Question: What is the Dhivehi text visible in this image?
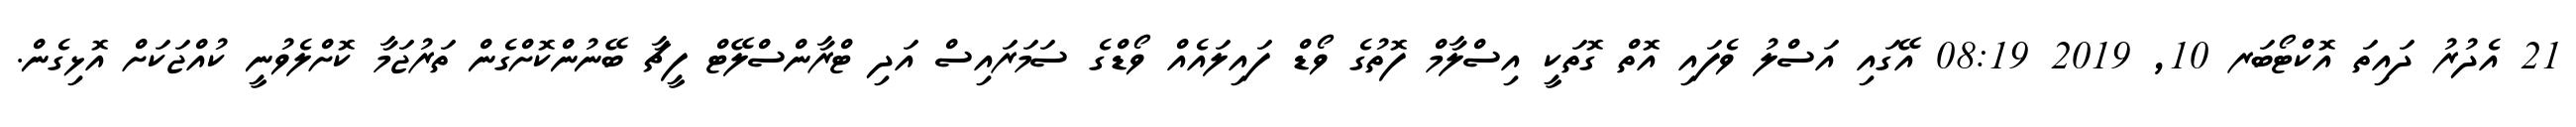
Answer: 21 އެދުރު ދައިތަ އޮކްޓޯބަރ 10, 2019 08:19 އޭގައި އަސްލު ވެފައި އޮތް ގޮތަކީ އިސްލާމް ފޮތުގެ ވޯޑް ފައިލައެއް ވޯޑްގެ ސަމަރައިސް އަދި ޓްރާންސްލޭޓް ފީޗާ ބޭނުންކޮށްގެން ތަރުޖަމާ ކޮށްލެވުނީ ކުއްޖަކަށް އޮޅިގެން.